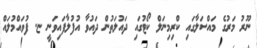
ނޫރު މަރުގެ މައްސަލާގައި ކްރިމިނަލް ކޯޓުގައި ދައުލަތުން ދައުވާ އުފުލާފައިވަނީ ޏ. ފުވައްމުލައް